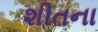
શીતના